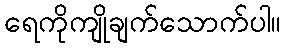
ရေကိုကျိုချက်သောက်ပါ။